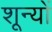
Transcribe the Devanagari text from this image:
शून्यों